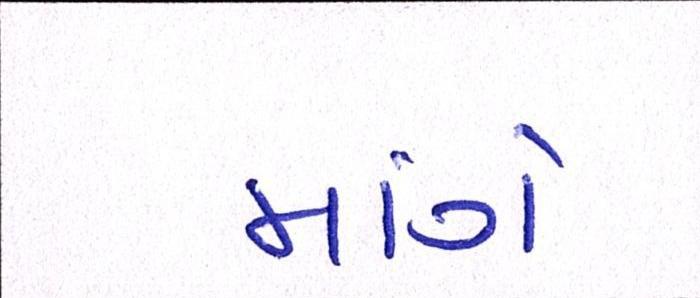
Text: માંગે